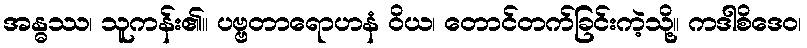
အန္ဓဿ၊ သူကန်း၏။ ပဗ္ဗတာရောဟနံ ဝိယ၊ တောင်တက်ခြင်းကဲ့သို့။ ကဒါစိဒေဝ၊